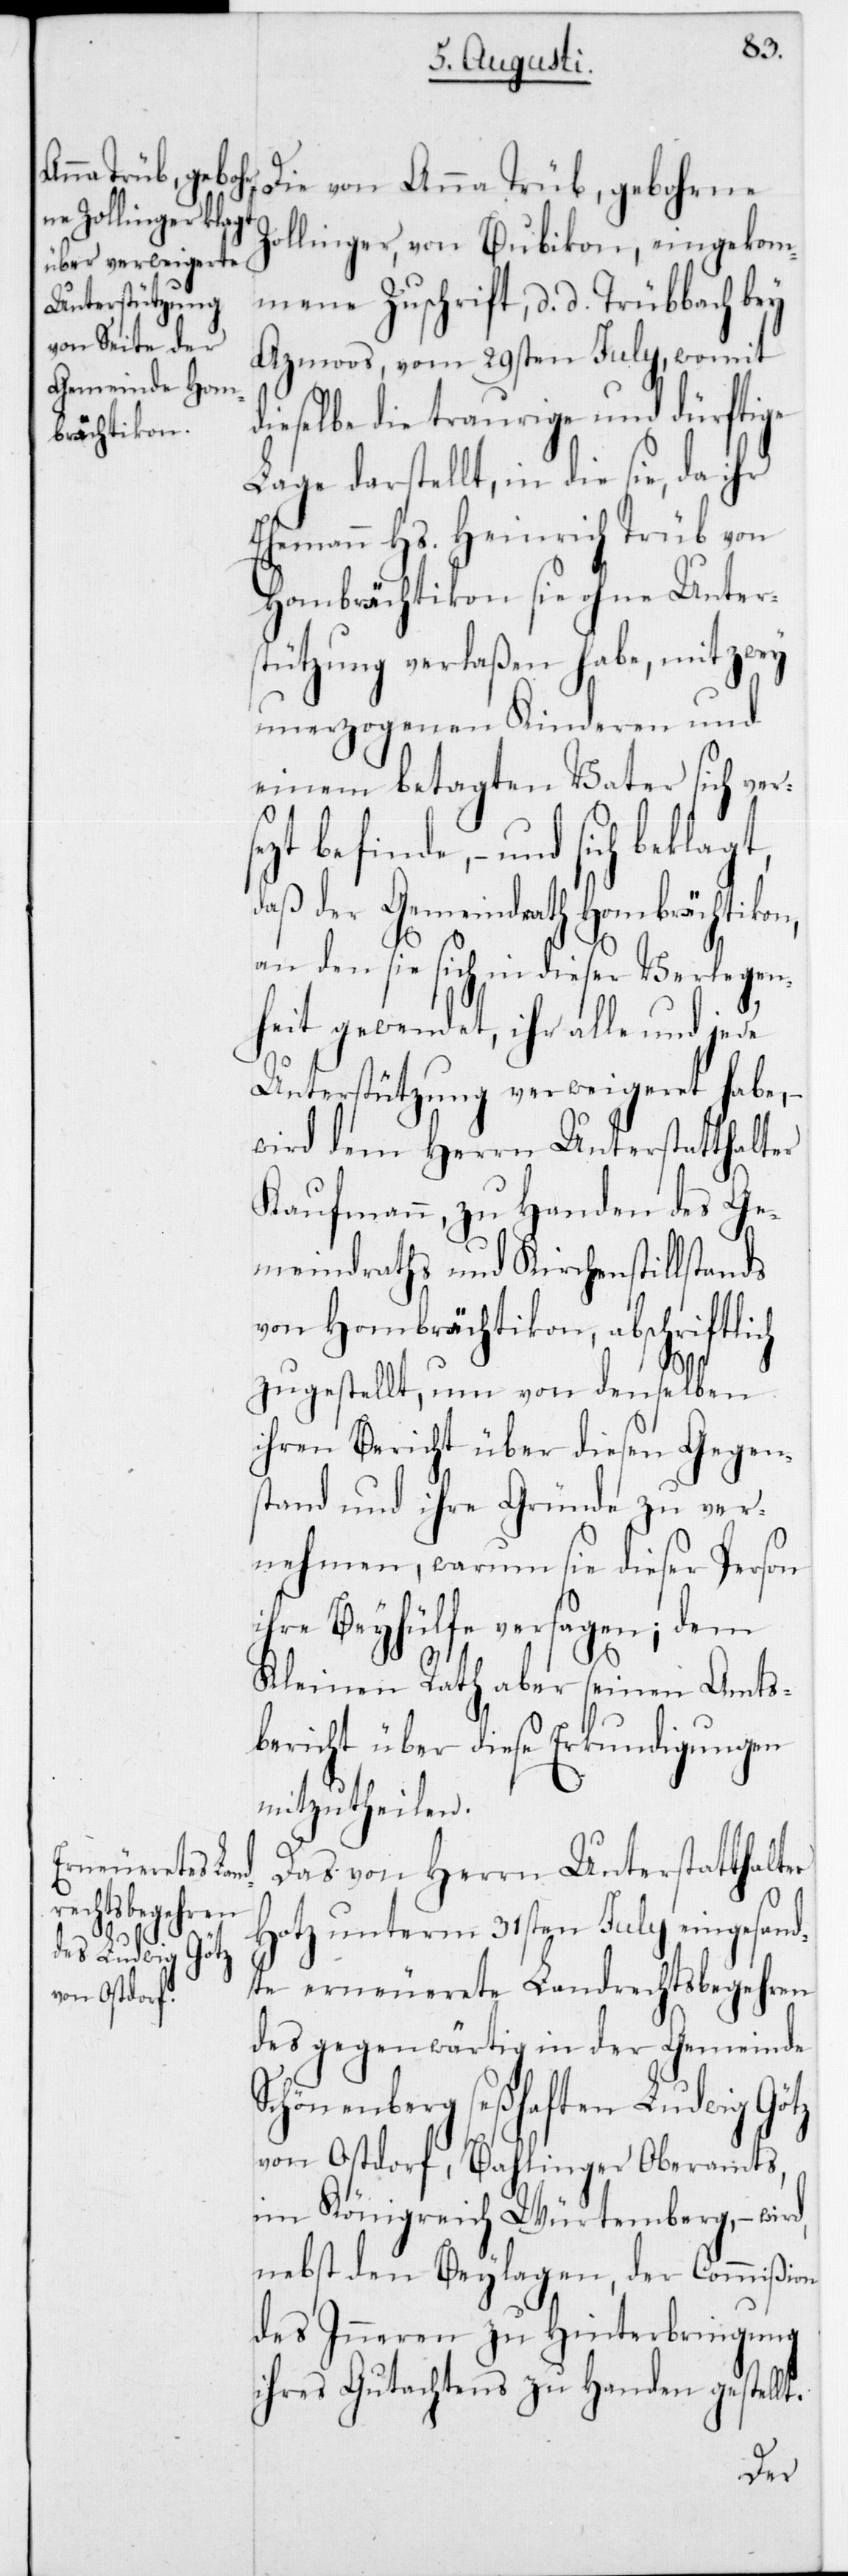
t.
Die von Anna Trüb, gebohrne
Zollinger von Bubikon, eingekom¬
mene Zuschrift, d. d. Trübbach bey
Azmoos, vom 29sten July, womit
ieselbe die traurige und dürftige
Lage darstellt, in die sie, da ihr
Ehemann Hs. Heinrich Trüb von
Hombrächtikon sie ohne Unters¬
tützung verlaßen habe, mit zwey
unerzogenen Kinderen und
einem betagten Vater sich vers¬
ezt befinde, – und sich
daß der Gemeindrath Hombrächtikon,
an den sie sich in dieser Verlegen¬
heit gewendet, ihr alle und jede
Unterstützung verweigeret habe, –
wird dem Herrn Unterstatthalter
Kaufmann, zu Handen des Ge¬
meindraths und Kirchenstillstands
von Hombrächtikon, abschriftli¬
zugstellt, um von denselben
ihren Bericht über diesen Gegen¬
stand und ihre Gründe zu ver¬
nehmen, warum sie dieser Person
ihre Beyhülfe versagen; dem
Kleinen Rath aber seinen Amts¬
bericht über diese Erkundigungen
mitzutheilen.
Das von Herrn Unterstatthalter
Hotz unterm 31sten July eingesand¬
te erneuerete Landrechtsbegehren
des gegenwärtig in der Gemeinde
Schönenberg seßhaften Ludwig Götz
von Ostdorf, Bahlinger Oberamts
im Königreich Würtemberg, – wir¬
nebst den Beylagen, der Commißion
des Inneren zu Hinterbringung
ihres Gutachtens zu Handen gestell¬